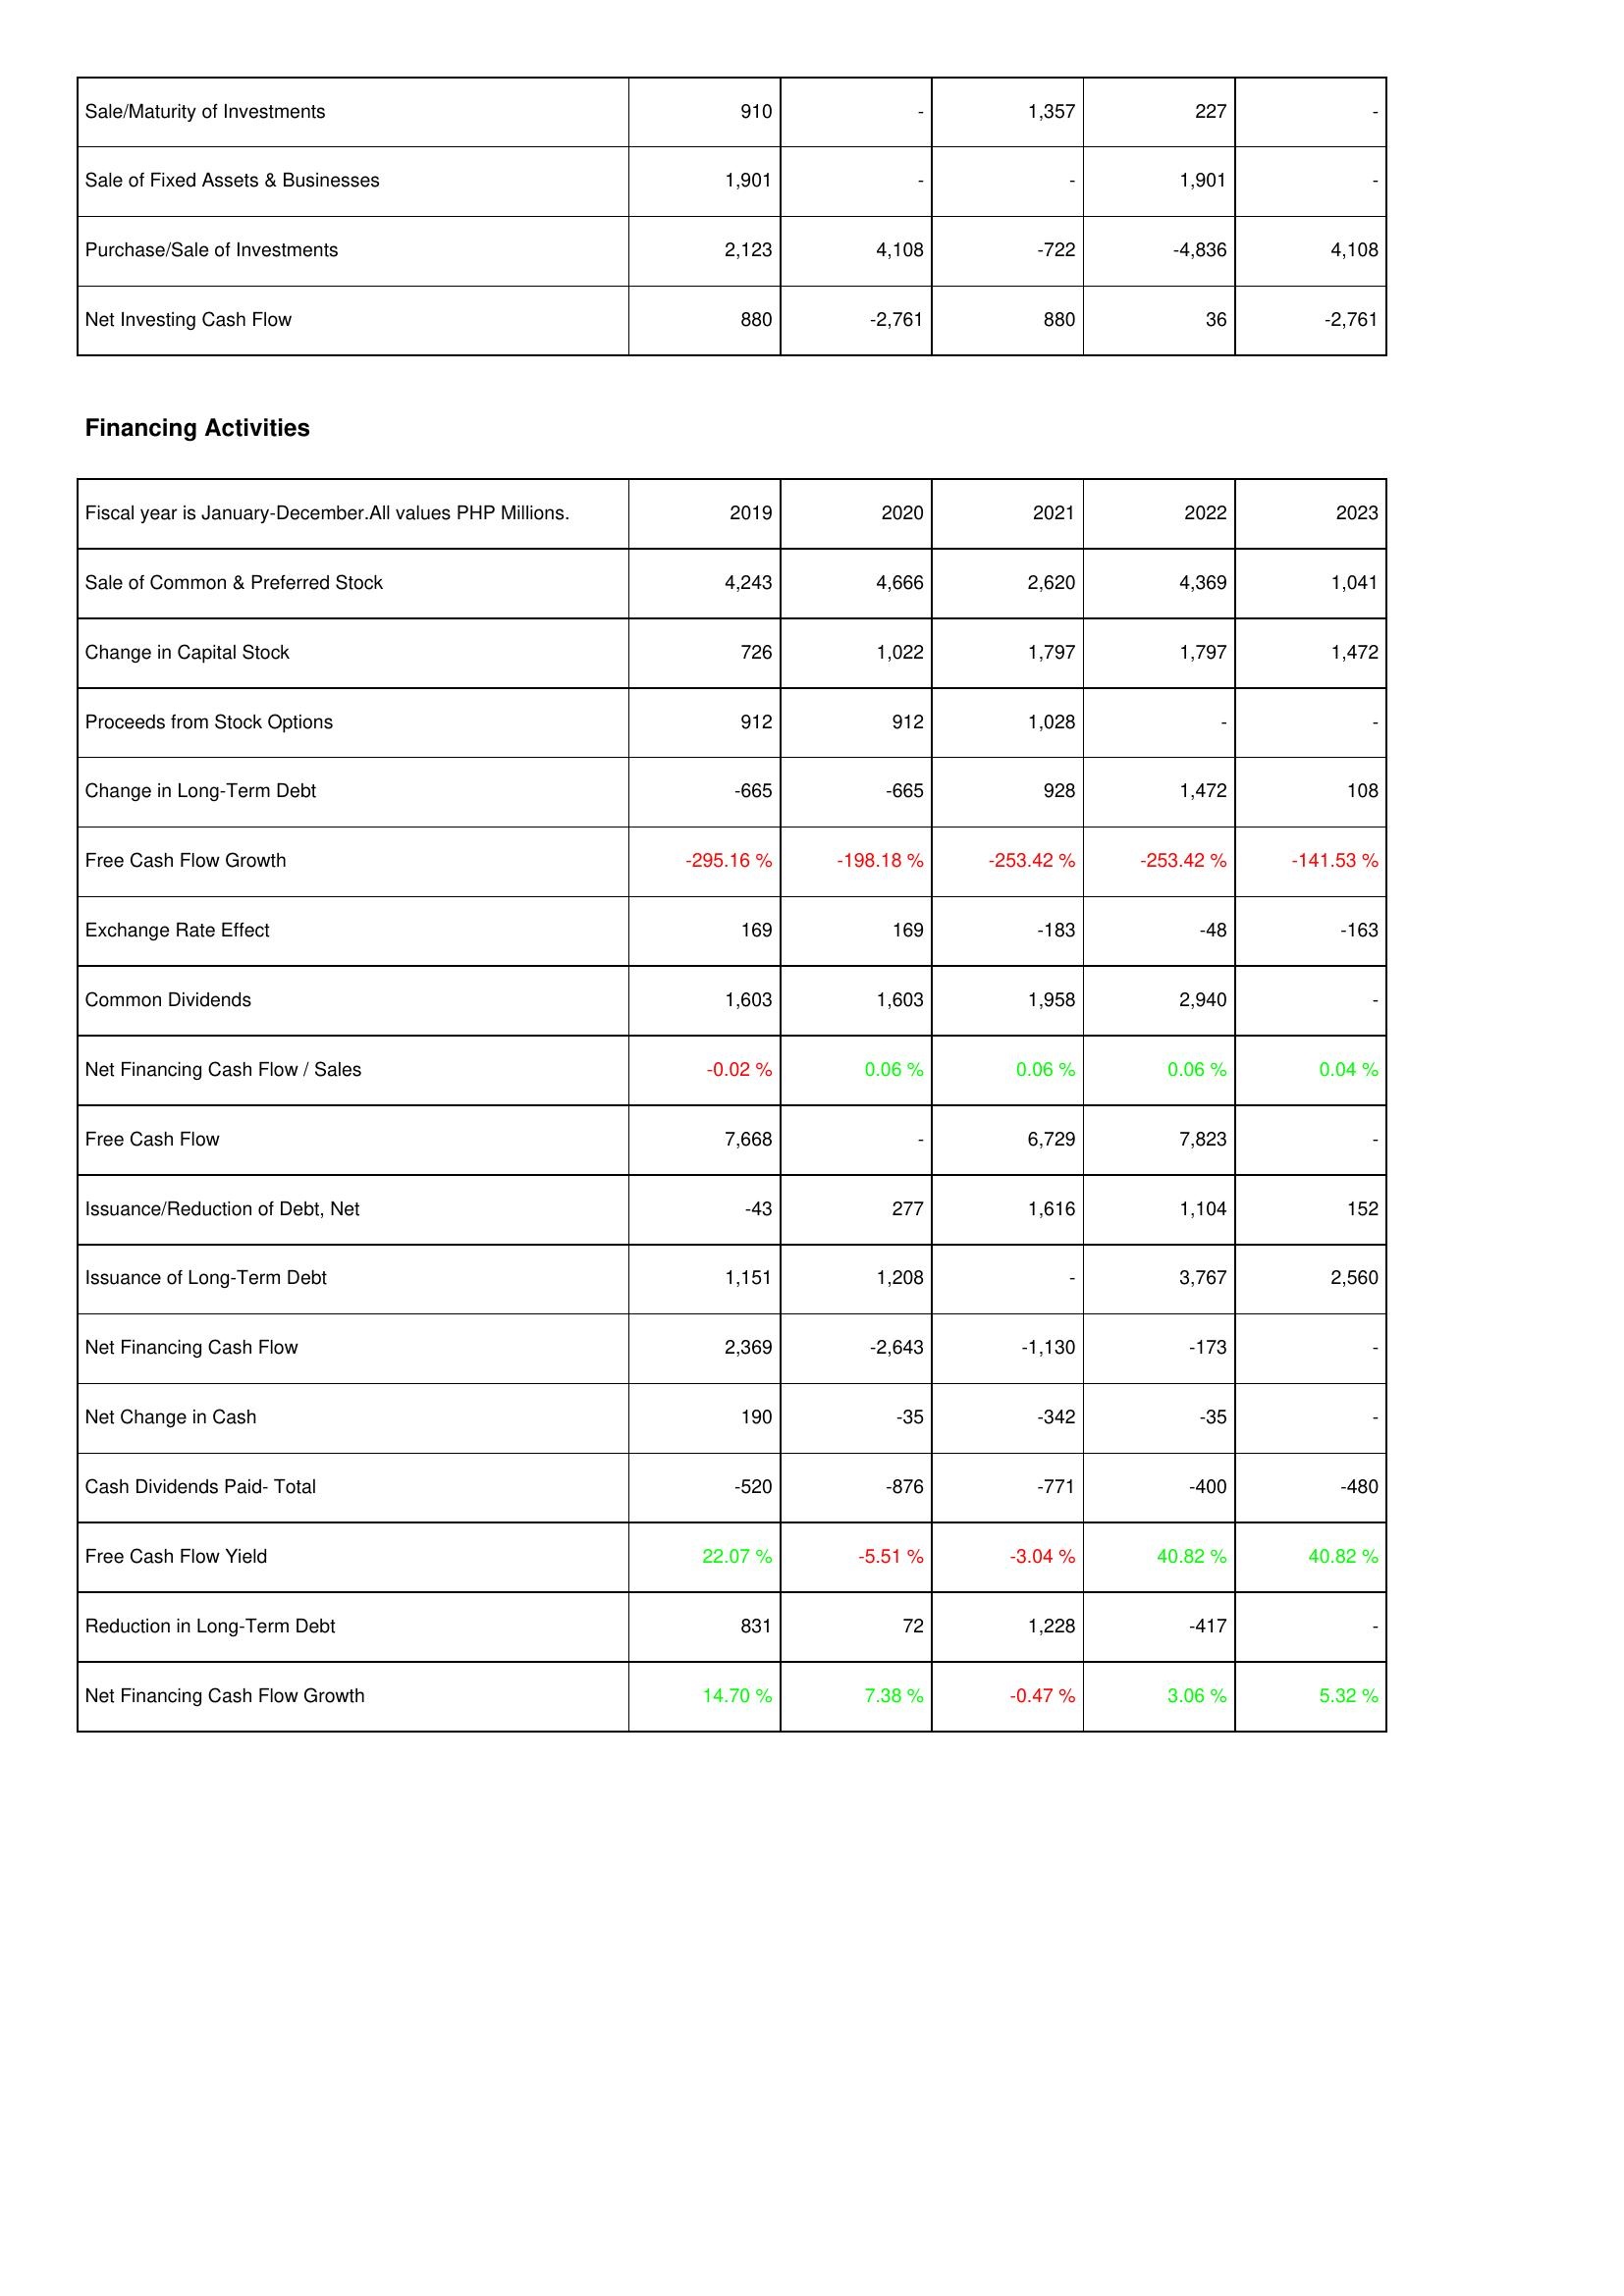
2019: Investing Activities: Sale/Maturity of Investments: 910
Sale of Fixed Assets & Businesses: 1,901
Purchase/Sale of Investments: 2,123
Net Investing Cash Flow: 880
Financing Activities: Sale of Common & Preferred Stock: 4,243
Change in Capital Stock: 726
Proceeds from Stock Options: 912
Change in Long-Term Debt: -665
Free Cash Flow Growth: -295.16 %
Exchange Rate Effect: 169
Common Dividends: 1,603
Net Financing Cash Flow / Sales: -0.02 %
Free Cash Flow: 7,668
Issuance/Reduction of Debt, Net: -43
Issuance of Long-Term Debt: 1,151
Net Financing Cash Flow: 2,369
Net Change in Cash: 190
Cash Dividends Paid- Total: -520
Free Cash Flow Yield: 22.07 %
Reduction in Long-Term Debt: 831
Net Financing Cash Flow Growth: 14.70 %
2020: Investing Activities: Sale/Maturity of Investments: -
Sale of Fixed Assets & Businesses: -
Purchase/Sale of Investments: 4,108
Net Investing Cash Flow: -2,761
Financing Activities: Sale of Common & Preferred Stock: 4,666
Change in Capital Stock: 1,022
Proceeds from Stock Options: 912
Change in Long-Term Debt: -665
Free Cash Flow Growth: -198.18 %
Exchange Rate Effect: 169
Common Dividends: 1,603
Net Financing Cash Flow / Sales: 0.06 %
Free Cash Flow: -
Issuance/Reduction of Debt, Net: 277
Issuance of Long-Term Debt: 1,208
Net Financing Cash Flow: -2,643
Net Change in Cash: -35
Cash Dividends Paid- Total: -876
Free Cash Flow Yield: -5.51 %
Reduction in Long-Term Debt: 72
Net Financing Cash Flow Growth: 7.38 %
2021: Investing Activities: Sale/Maturity of Investments: 1,357
Sale of Fixed Assets & Businesses: -
Purchase/Sale of Investments: -722
Net Investing Cash Flow: 880
Financing Activities: Sale of Common & Preferred Stock: 2,620
Change in Capital Stock: 1,797
Proceeds from Stock Options: 1,028
Change in Long-Term Debt: 928
Free Cash Flow Growth: -253.42 %
Exchange Rate Effect: -183
Common Dividends: 1,958
Net Financing Cash Flow / Sales: 0.06 %
Free Cash Flow: 6,729
Issuance/Reduction of Debt, Net: 1,616
Issuance of Long-Term Debt: -
Net Financing Cash Flow: -1,130
Net Change in Cash: -342
Cash Dividends Paid- Total: -771
Free Cash Flow Yield: -3.04 %
Reduction in Long-Term Debt: 1,228
Net Financing Cash Flow Growth: -0.47 %
2022: Investing Activities: Sale/Maturity of Investments: 227
Sale of Fixed Assets & Businesses: 1,901
Purchase/Sale of Investments: -4,836
Net Investing Cash Flow: 36
Financing Activities: Sale of Common & Preferred Stock: 4,369
Change in Capital Stock: 1,797
Proceeds from Stock Options: -
Change in Long-Term Debt: 1,472
Free Cash Flow Growth: -253.42 %
Exchange Rate Effect: -48
Common Dividends: 2,940
Net Financing Cash Flow / Sales: 0.06 %
Free Cash Flow: 7,823
Issuance/Reduction of Debt, Net: 1,104
Issuance of Long-Term Debt: 3,767
Net Financing Cash Flow: -173
Net Change in Cash: -35
Cash Dividends Paid- Total: -400
Free Cash Flow Yield: 40.82 %
Reduction in Long-Term Debt: -417
Net Financing Cash Flow Growth: 3.06 %
2023: Investing Activities: Sale/Maturity of Investments: -
Sale of Fixed Assets & Businesses: -
Purchase/Sale of Investments: 4,108
Net Investing Cash Flow: -2,761
Financing Activities: Sale of Common & Preferred Stock: 1,041
Change in Capital Stock: 1,472
Proceeds from Stock Options: -
Change in Long-Term Debt: 108
Free Cash Flow Growth: -141.53 %
Exchange Rate Effect: -163
Common Dividends: -
Net Financing Cash Flow / Sales: 0.04 %
Free Cash Flow: -
Issuance/Reduction of Debt, Net: 152
Issuance of Long-Term Debt: 2,560
Net Financing Cash Flow: -
Net Change in Cash: -
Cash Dividends Paid- Total: -480
Free Cash Flow Yield: 40.82 %
Reduction in Long-Term Debt: -
Net Financing Cash Flow Growth: 5.32 %